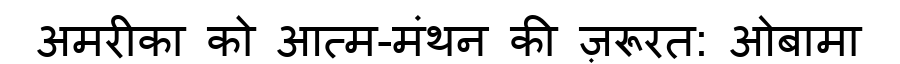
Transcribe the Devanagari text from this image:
अमरीका को आत्म-मंथन की ज़रूरत: ओबामा